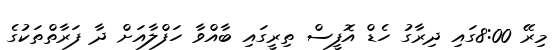
މިރޭ 8:00ގައި ދިރާގު ހެޑް އޮފީސް ތިރީގައި ބާއްވާ ހަފްލާއަށް ދާ ފަރާތްތަކުގެ